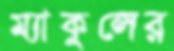
ম্যাকুলের